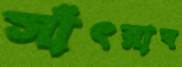
সাঁৎরাব